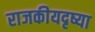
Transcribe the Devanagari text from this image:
राजकीयदृष्या